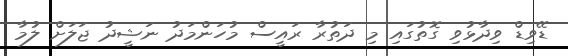
ޑޭވިޑް ވިދާޅުވި ގޮތުގައި މި ދަތުރާ ރައީސް މުހަންމަދު ނަޝީދު ޖަލަށް ލުމާ